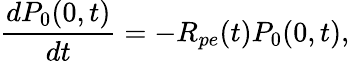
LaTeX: \frac{dP_{0}(0,t)}{dt}=-R_{pe}(t)P_{0}(0,t),